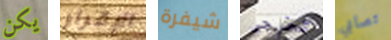
يكن الإقرار شيفرة تخرجى تصابي